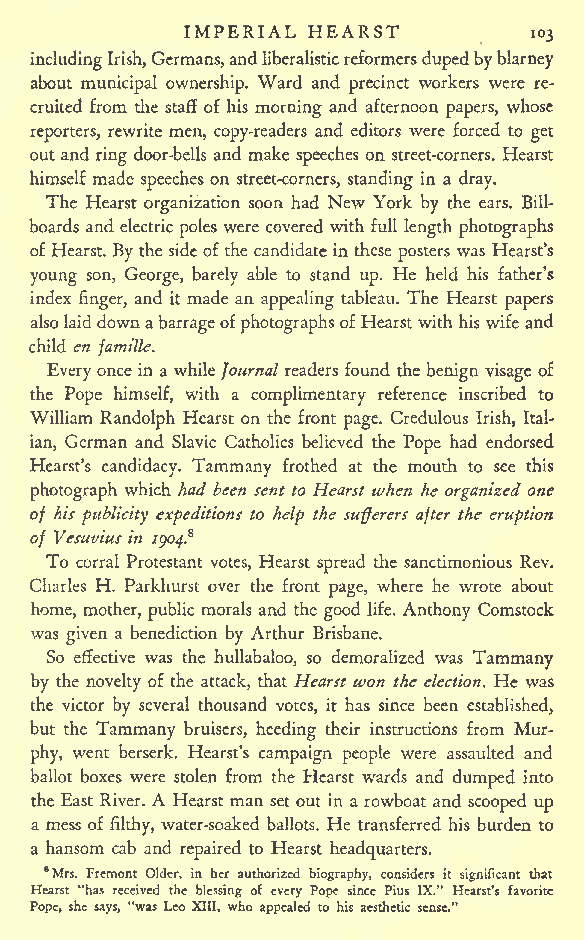
IMPERIAL HEARST
 103
 includingIrish,Germans,andlibcralisticreformersdupedbyblarney
 about municipal ownership. Ward and precinct workers were re-
 cruited from the staff of his morning and afternoon papers, whose
 reporters, rewrite men, copy-readers and editors were forced to get
 out and ring door-bells and make speeches on street-corners. Hearst
 himself made speeches on street-corners, standing in a dray.
 The Hearst organization soon had New York by the ears. Bill-
 boards and electric poles were covered with full length photographs
 of Hearst. By the sideof the candidate in these posters was Hearst's
 young son, George, barely able to stand up. He held his father's
 index finger, and it made an appealing tableau. The Hearst papers
 alsolaiddownabarrageofphotographs ofHearstwithhis wife and
 child en famille.
 Everyoncein a while Journal readers found the benign visage of
 the Pope himself, with a complimentary reference inscribed to
 William Randolph Hearst on the front page. Credulous Irish, Ital-
 ian, German and Slavic Catholics believed the Pope had endorsed
 Hearst's candidacy. Tammany frothed at the mouth to see this
 photograph which had been sent to Hearst when he organized one
 of his publicity expeditions to help the sufferers after the eruption
 of Vesuvius in /po^.8
 To corral Protestant votes, Hearst spread the sanctimonious Rev.
 Charles H. Parkhurst over the front page, where he wrote about
 home, mother, public morals and the good life. Anthony Comstock
 was given a benediction by Arthur Brisbane.
 So effective was the hullabaloo, so demoralized was Tammany
 by the novelty of the attack, that Hearst won the election. He was
 the victor by several thousand votes, it has since been established,
 but the Tammany bruisers, heeding their instructions from Mur-
 phy, went berserk. Hearst's campaign people were assaulted and
 ballot boxes were stolen from the Hearst wards and dumped into
 the East River. A Hearst man set out in a rowboat and scooped up
 a mess of filthy, water-soaked ballots. He transferred his burden to
 a hansom cab and repaired to Hearst headquarters.
 8Mrs. Fremont Older, in her authorized biography, considers it significant that
 Hearst "has received the blessing of every Pope since Pius IX." Hearst's favorite
 Pope, she says, "was Leo XIII, who appealed to his aesthetic sense."